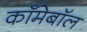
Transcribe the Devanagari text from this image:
काँमेबॉल